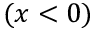
( x < 0 )